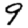
Digit: 9